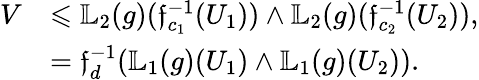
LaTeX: \begin{array}{rl}{V}&{\leqslant\mathbb{L}_{2}(g)(\mathfrak{f}_{c_{1}}^{-1}(U_{1}))\land\mathbb{L}_{2}(g)(\mathfrak{f}_{c_{2}}^{-1}(U_{2})),}\\ &{=\mathfrak{f}_{d}^{-1}(\mathbb{L}_{1}(g)(U_{1})\land\mathbb{L}_{1}(g)(U_{2})).}\end{array}